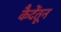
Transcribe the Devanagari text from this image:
कैदेंतून